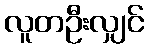
လူတဦးလျှင်